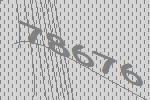
78676